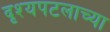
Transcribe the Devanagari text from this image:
दृश्यपटलाच्या